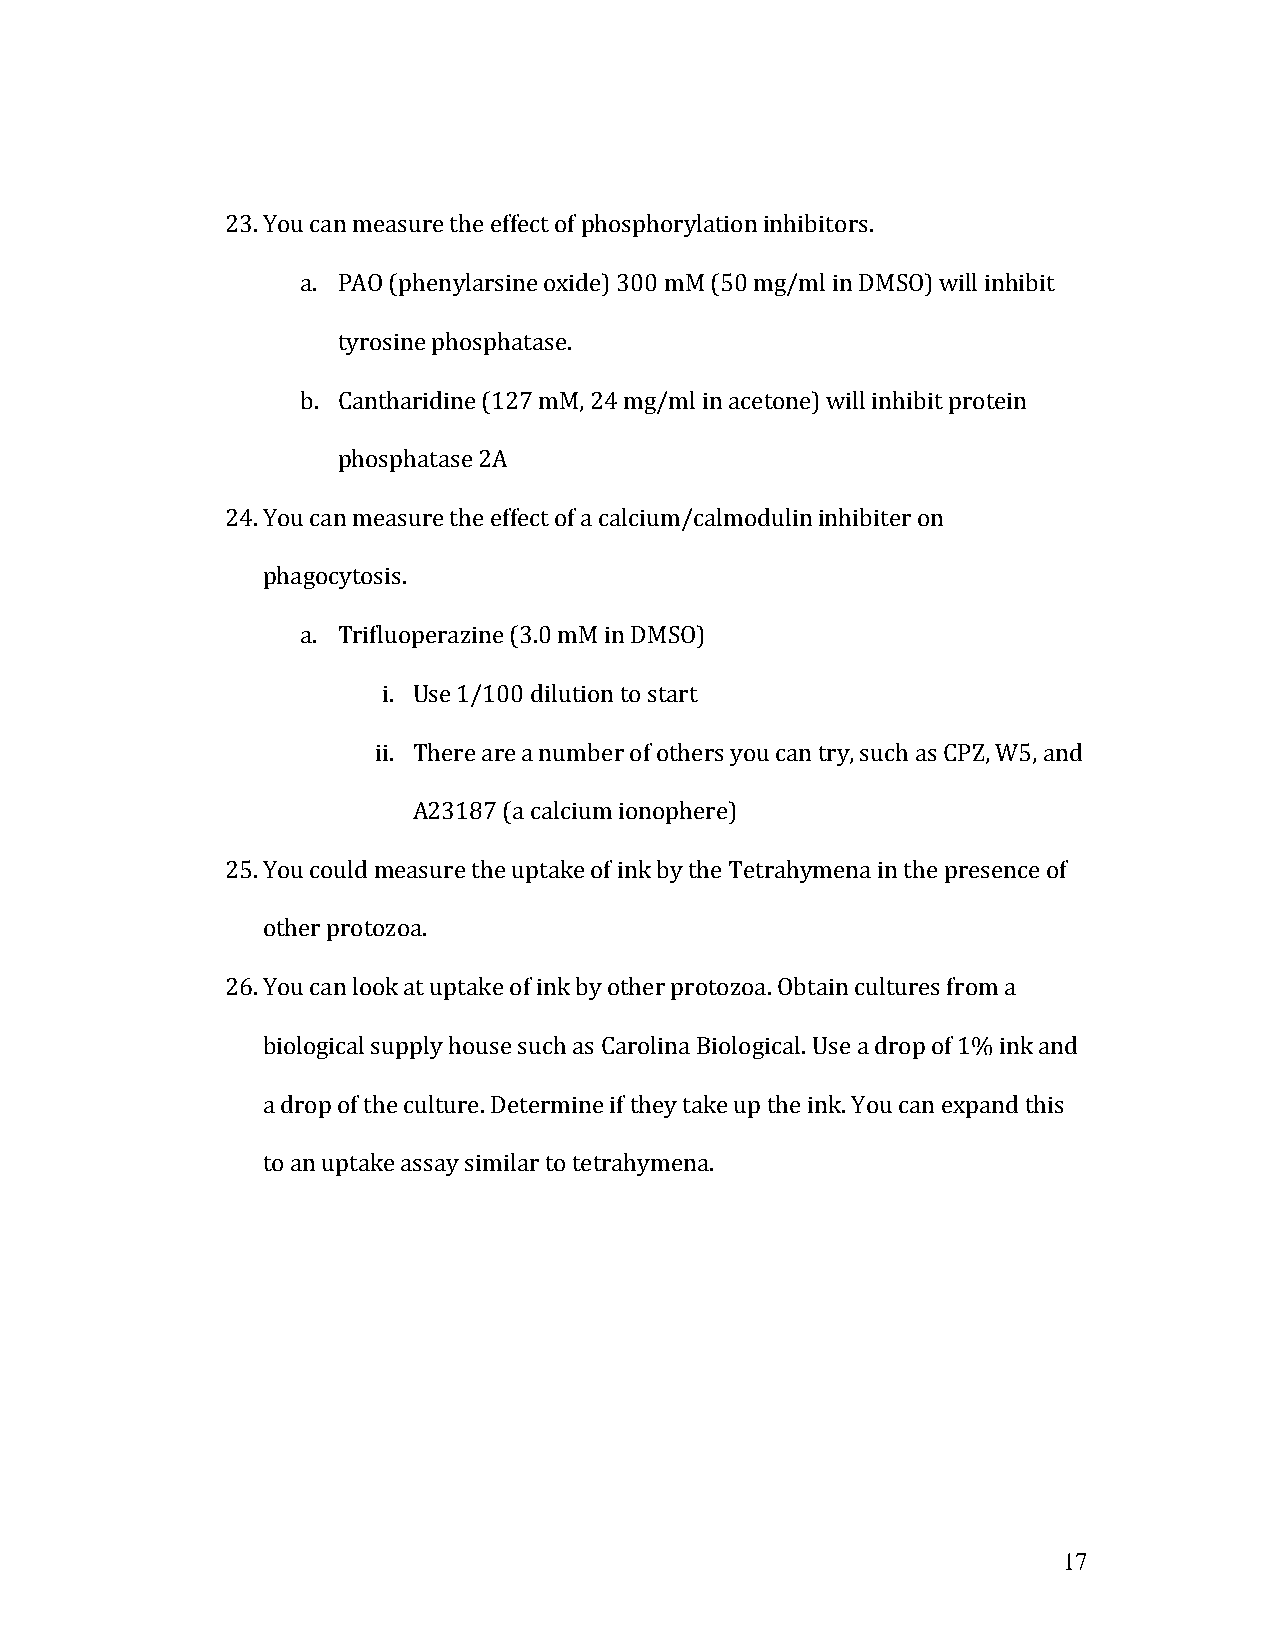
23. You can measure the effect of phosphorylation inhibitors.
 a. PAO (phenylarsine oxide) 300 mM (50 mg/ml in DMSO) will inhibit
 tyrosine phosphatase.
 b. Cantharidine (127 mM, 24 mg/ml in acetone) will inhibit protein
 phosphatase 2A
 24. You can measure the effect of a calcium/calmodulin inhibiter on
 phagocytosis.
 a. Trifluoperazine (3.0 mM in DMSO)
 i. Use 1/100 dilution to start
 ii. There are a number of others you can try, such as CPZ, W5, and
 A23187 (a calcium ionophere)
 25. You could measure the uptake of ink by the Tetrahymena in the presence of
 other protozoa.
 26. You can look at uptake of ink by other protozoa. Obtain cultures from a
 biological supply house such as Carolina Biological. Use a drop of 1% ink and
 a drop of the culture. Determine if they take up the ink. You can expand this
 to an uptake assay similar to tetrahymena.
 17